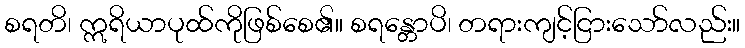
စရတိ၊ ဣရိယာပုထ်ကိုဖြစ်စေ၏။ စရန္တောပိ၊ တရားကျင့်ငြားသော်လည်း။